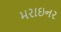
મરાઇનર